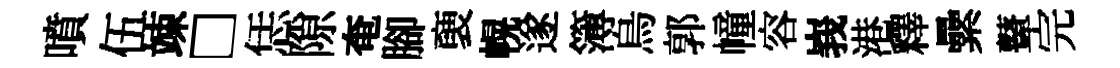
噴伍竦□恁隙奄腳褏幌遂簿烏郭幢容峩港釋纍鼙完